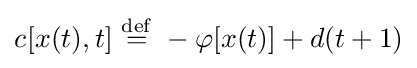
c_{}^{}[x(t),t]\ {\stackrel {\mathrm {def} }{=}}\ -\varphi [x(t)]+d(t+1)